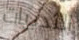
الثدييات